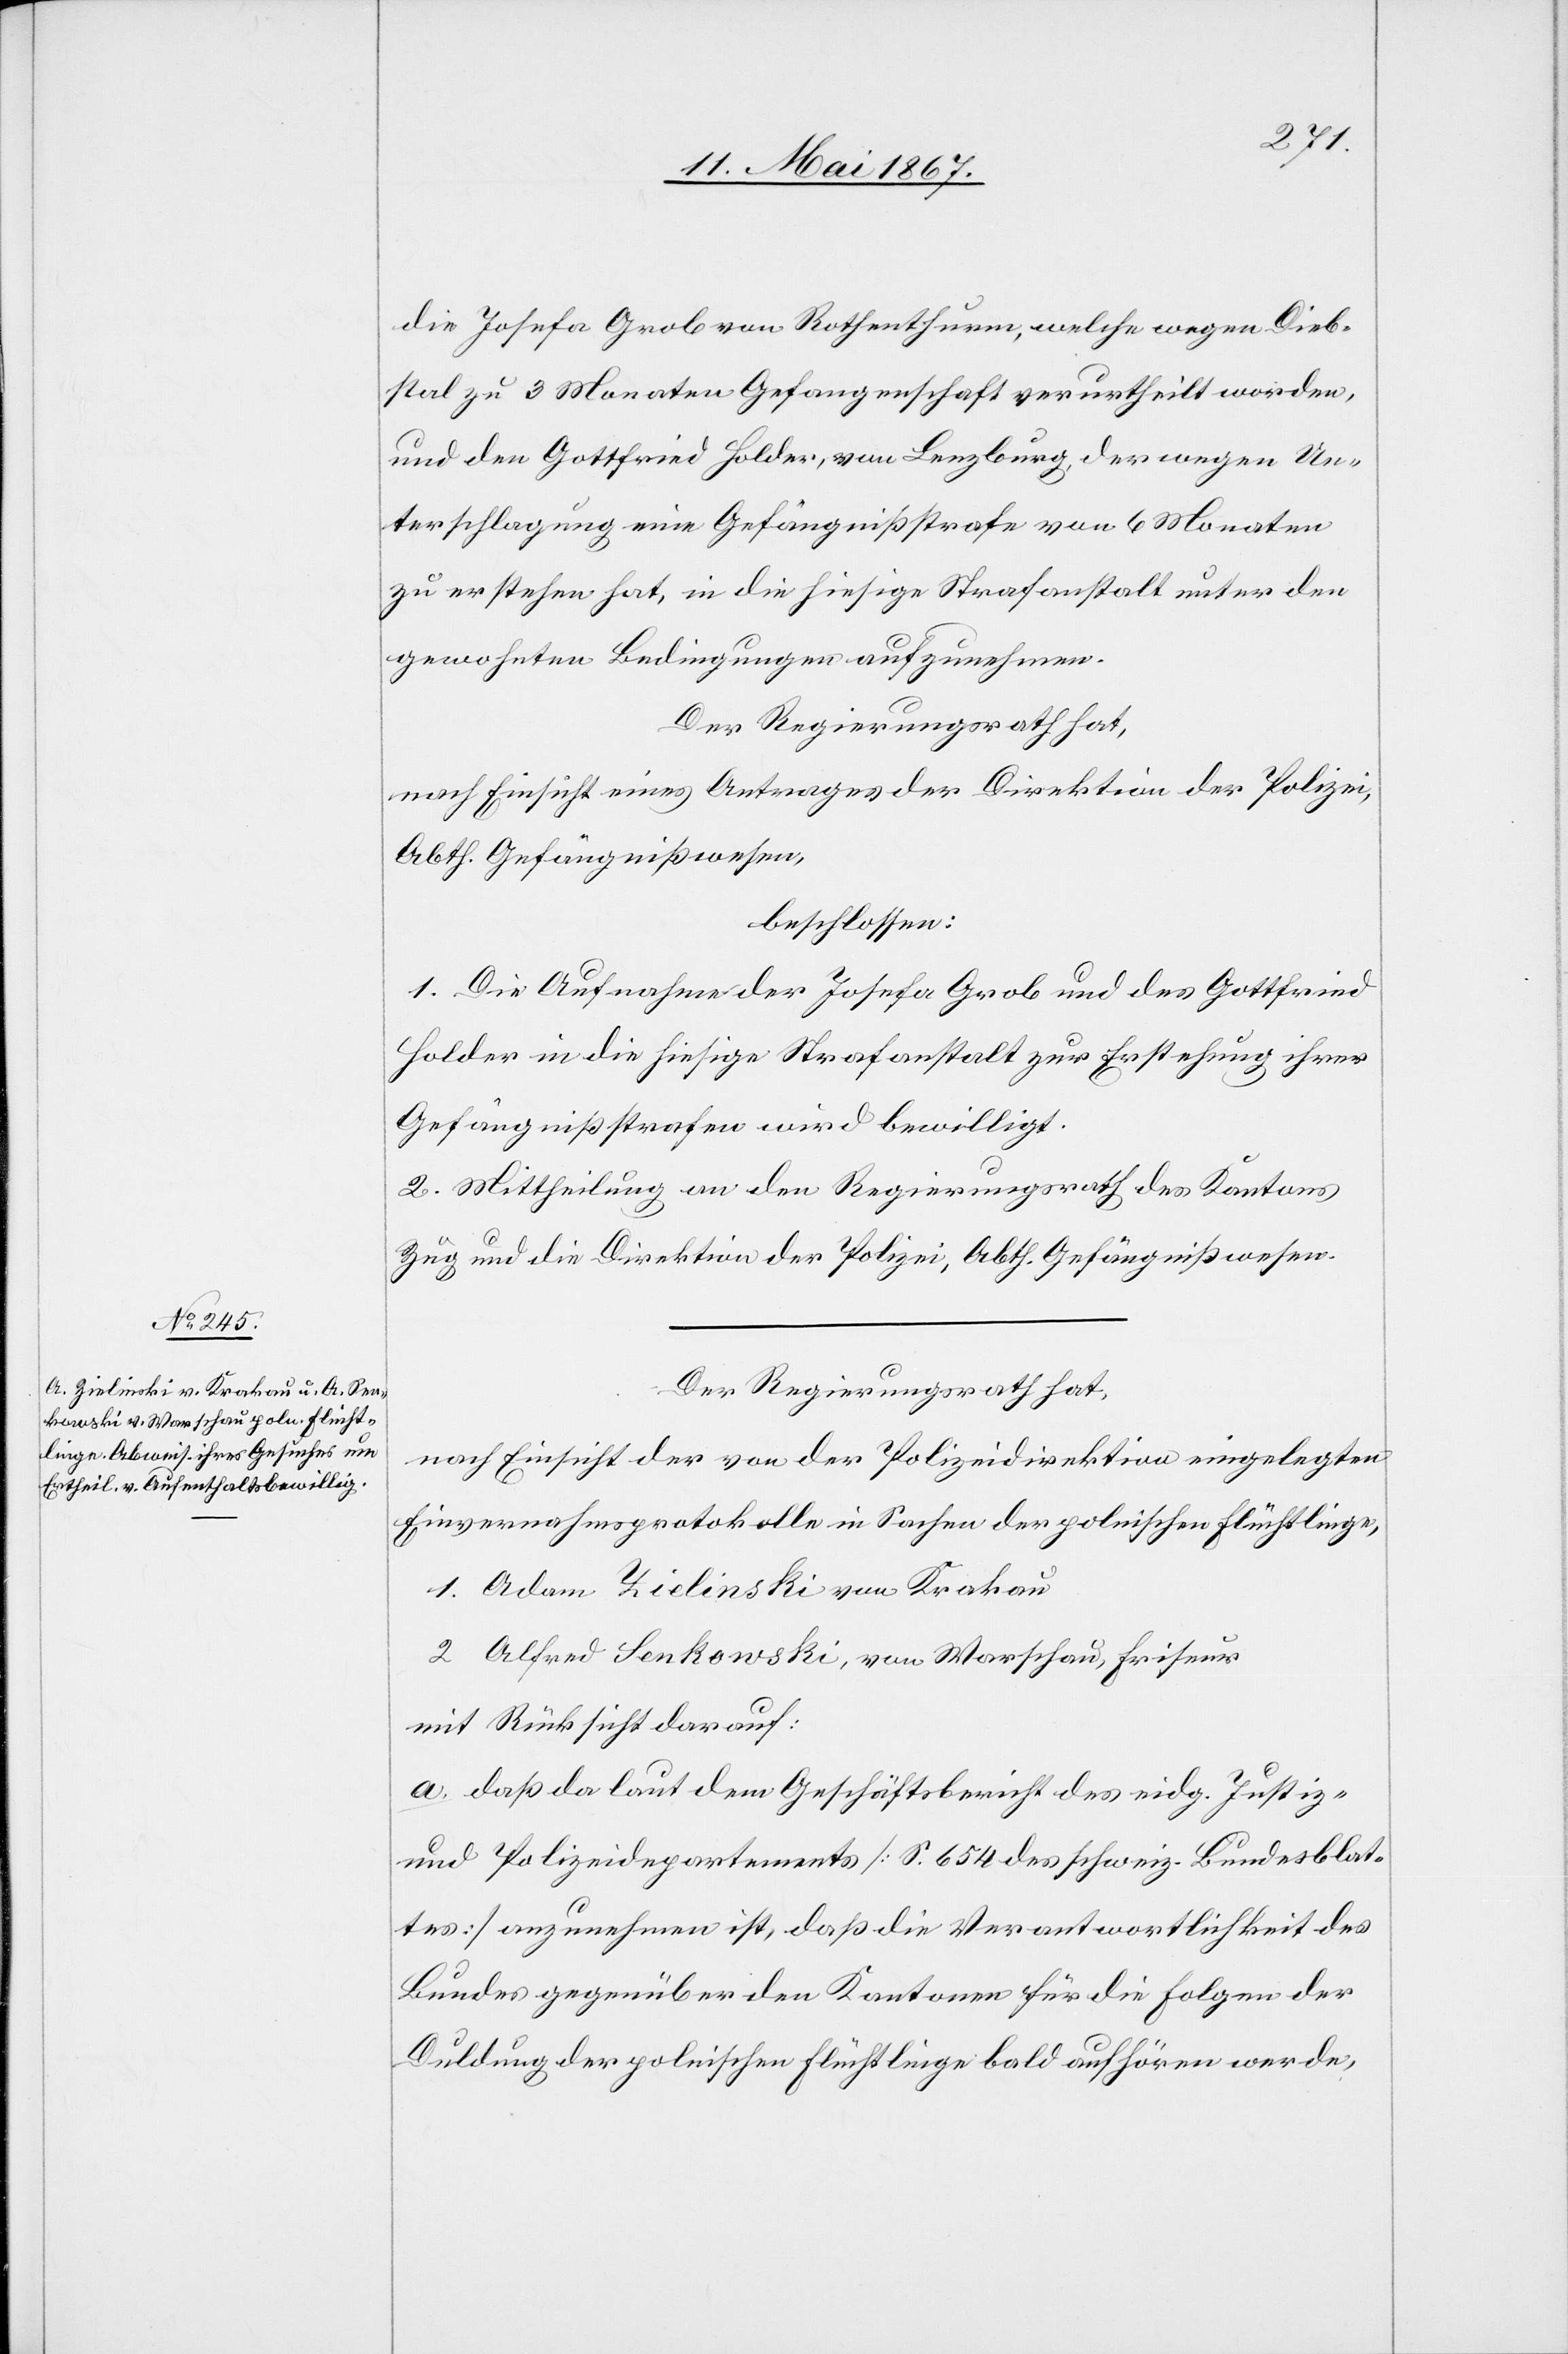
die Josefa Grob von Rothenthurm, welche wegen Dieb¬
stal zu 3 Monaten Gefangenschaft verurtheilt worden,
und den Gottfried Holder, von Lenzburg, der wegen Un¬
terschlagung eine Gefängnißstrafe von 6 Monaten
zu erstehen hat, in die hiesige Strafanstalt unter den
gewohnten Bedingungen aufzunehmen.
Der Regierungsrath hat,
nach Einsicht eines Antrages der Direktion der Polizei,
Abth. Gefängnißwesen,
beschlossen:
1. Die Aufnahme der Josefa Grob und des Gottfried
Holder in die hiesige Strafanstalt zur Erstehung ihrer
Gefängnißstrafen wird bewilligt.
2. Mittheilung an den Regierungsrath des Kantons
Zug und die Direktion der Polizei, Abth. Gefängnißwesen.
Der Regierungsrath hat,
nach Einsicht der von der Polizeidirektion eingelegten
Einvernahmsprotokolle in Sachen der polnischen Flüchtlinge,
1. Adam Zielinski von Krakau
2 Alfred Senkowski, von Warschau, Friseur
mit Rücksicht darauf:
a. daß da laut dem Geschäftsbericht des eidg. Justiz-
und Polizeidepartements [S. 654 des schweiz. Bundesblat¬
tes] anzunehmen ist, daß die Verantwortlichkeit des
Bundes gegenüber den Kantonen für die Folgen der
Duldung der polnischen Flüchtlinge bald aufhören werde,